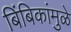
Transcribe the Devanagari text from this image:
बिंबिकांमुळे